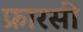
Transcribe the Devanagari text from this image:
फ्रारसी